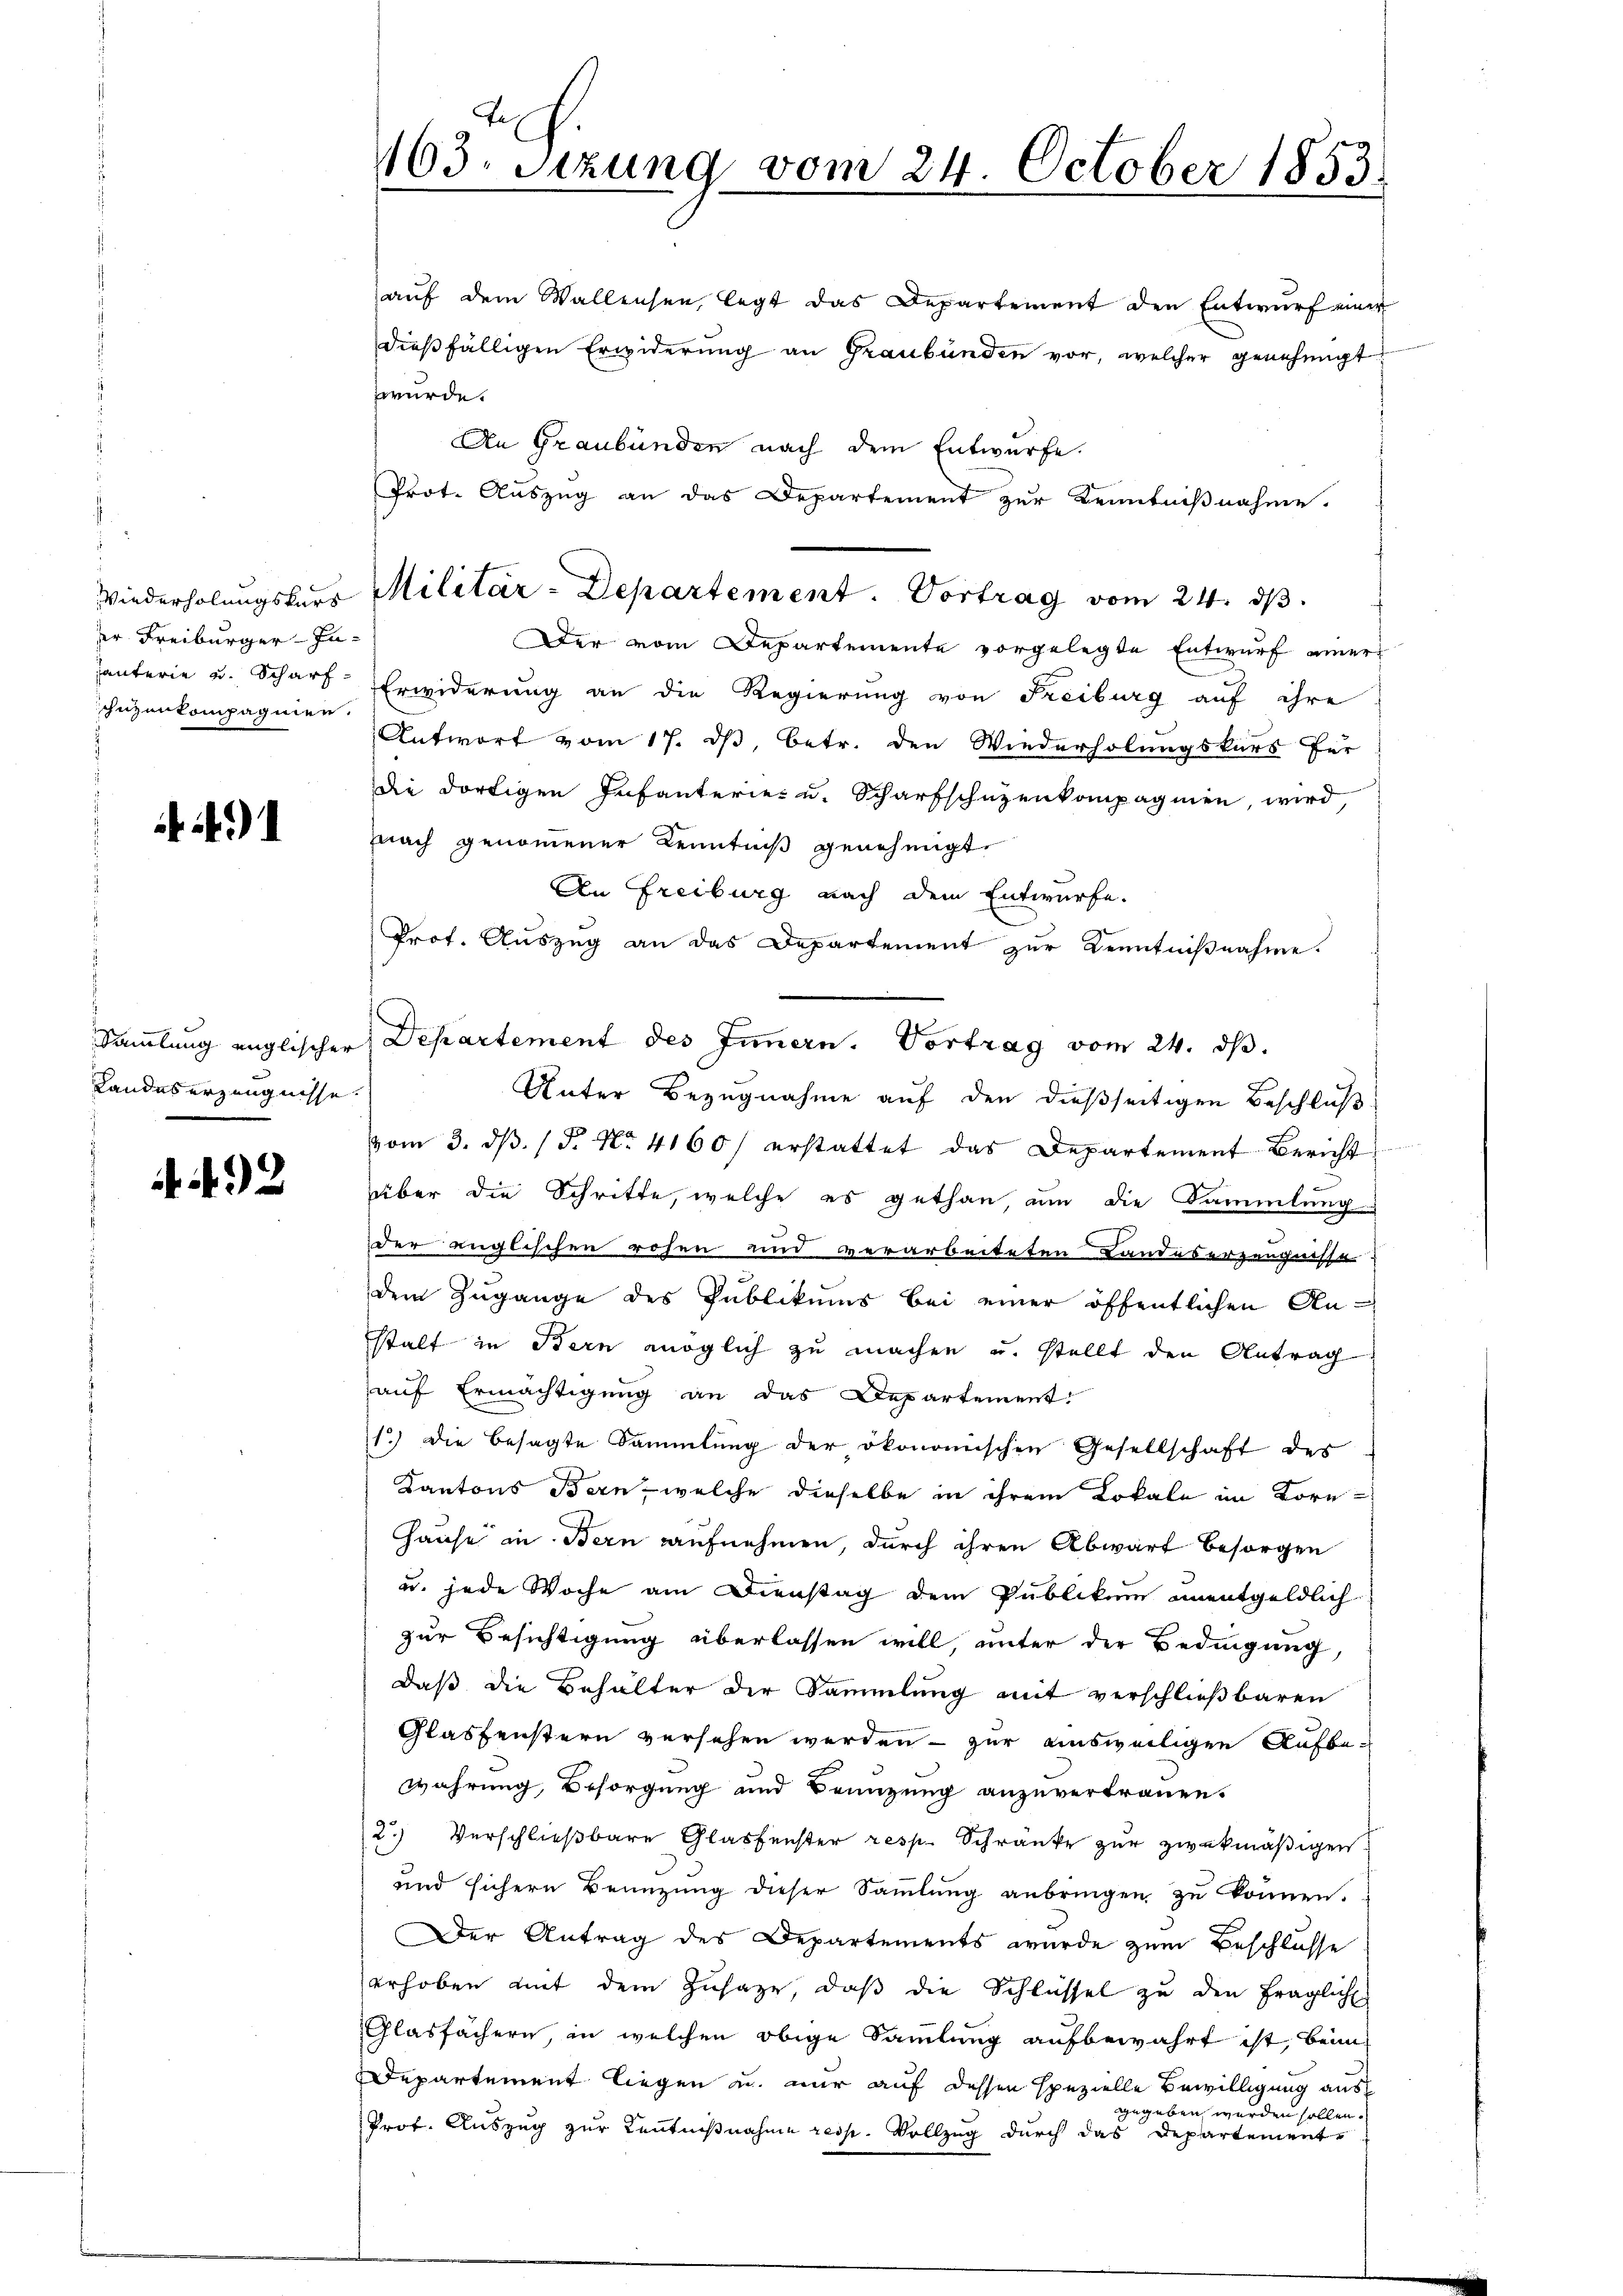
er Freiburger-Inhäuterie u. Scharfchuzenkompagnier.

491

Landes erzeugnisse.

2

163. Sizung vom 24. October 1853.
.

aŭf dem Wallensen, legt das Departement den Entwŭrf einer
dießfälligen Erwiderung an Graubünden vor, welcher genehmigt
wurde.
An Graubünden nach dem Entwurfe.
Prot. Auszug an das Departement zur Kenntnißnahme.
Der vom Departemente vorgelegte Entwurf einers
Erwiderung an die Regierung von Freiburg auf ihre
Antwort vom 17. ds, betr. den Wiederholungskurs für
die dortigen Infanterie- u. Scharfschüzenkompagnien, wird,
pnach genommener Kenntniß genehmigt.
An Freiburg nach dem Entwurfe.
Prof. Auszug an das Departement zur Kenntnißnahme.
Sammlung englischer Departement des Innern. Vortrag vom 24. dβ.
Unter Bezugnahme auf den dießseitigen Beschluß
vom 3. dβ. / 5. No. 4160) erstattet das Departement Bericht
über die Schritte, welche es gethan, um die Sammlung
der englischen rohen und verarbeiteten Landeserzeugnisse
dem Zugange des Publikums bei einer öffentlichen An-
stalt in Bern möglich zu machen u. stellt den Antrag
auf Ermächtigung an das Departement
1.) Die besagte Sammlung der ökonomischen Gesellschaft des
Kantons Bern, welche dieselbe in ihrem Lokale im Korn-
Hause in Bern aufnehmen, durch ihren Abwart besorgen
u. jede Woche am Dienstag dem Publikum unentgeldlich
zur Besichtigung überlassen will, unter der Bedingung,
daß die Behalter der Sammlung mit verschließbaren
Glasfenstern versehen werden - zur ausweiligen Aufbewahrung, Besorgung und Brenzung anzuvertrauen.
2.) Verschließbare Glassenster resp. Schränke zur zwekmäßigen
und sichern Benüzŭng dieser Saṁlŭng anbringen zŭ können.
Der Antrag des Departements wurde zum Beschlusse
erhoben mit dem Zŭsatze, daβ die Schlüssel zu den fraglich
Glasfächern, in welchen obige Sammlung aufbewahrt ist, beim
Departement liegen u. nur auf dessen spezielle Bewilligung aus
gegeben werden sollen.
Prof. Auszug zur Kenntnißnahme resp. Vollzug durch das Departements

Wiederholungsherr Militär-Departement. Vortrag vom 24. ds.